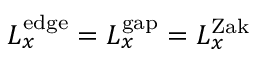
L _ { x } ^ { \mathrm { e d g e } } = L _ { x } ^ { \mathrm { g a p } } = L _ { x } ^ { \mathrm { Z a k } }